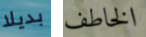
بديلا الخاطف